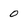
Character: 0